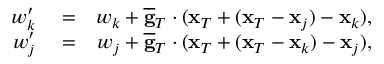
\begin{array} { r l r } { w _ { k } ^ { \prime } } & { { } = } & { w _ { k } + \overline { { \bf g } } _ { T } \cdot ( { \bf x } _ { T } + ( { \bf x } _ { T } - { \bf x } _ { j } ) - { \bf x } _ { k } ) , } \\ { w _ { j } ^ { \prime } } & { { } = } & { w _ { j } + \overline { { \bf g } } _ { T } \cdot ( { \bf x } _ { T } + ( { \bf x } _ { T } - { \bf x } _ { k } ) - { \bf x } _ { j } ) , } \end{array}